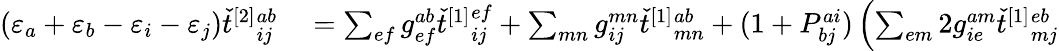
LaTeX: \begin{array}{rl}{(\varepsilon_{a}+\varepsilon_{b}-\varepsilon_{i}-\varepsilon_{j})\check{t}^{[2]}{}_{ij}^{ab}}&{{}=\sum_{ef}g_{ef}^{ab}\check{t}^{[1]}{}_{ij}^{ef}+\sum_{mn}g_{ij}^{mn}\check{t}^{[1]}{}_{mn}^{ab}+(1+P_{bj}^{ai})\left(\sum_{em}2g_{ie}^{am}\check{t}^{[1]}{}_{mj}^{eb}\right.}\end{array}